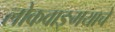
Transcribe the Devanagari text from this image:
लोकवाङ्मयाचे